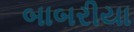
બાબરીયા